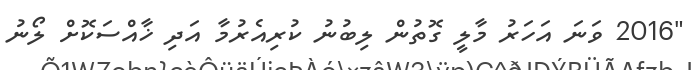
"2016 ވަނަ އަހަރު މާލީ ގޮތުން ލިބުނު ކުރިއެރުމާ އަދި ޚާއްސަކޮށް ލޯނު